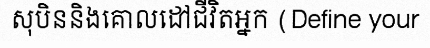
សុបិននិងគោលដៅជីវិតអ្នក (Define your